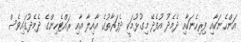
އަންހެނަކާއި ފިރިހެނަކާއި ދެމެދު އުފެދޭ މިގުޅުމަކީ ދެފަރާތުގެ އާއިލާ އާއި ރައްޓެހިންގެ ދެމެދުގައިވެސް